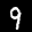
Label: 9